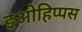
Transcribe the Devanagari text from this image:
इओहिप्पस